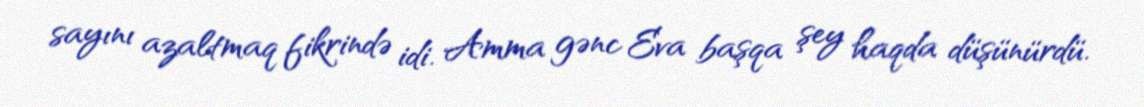
sayını azaltmaq fikrində idi. Amma gənc Eva başqa şey haqda düşünürdü.